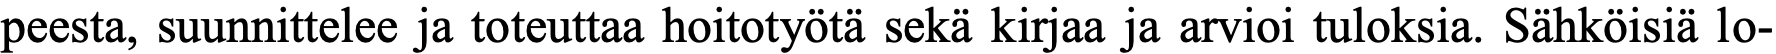
peesta, suunnittelee ja toteuttaa hoitotyötä sekä kirjaa ja arvioi tuloksia. Sähköisiä lo-